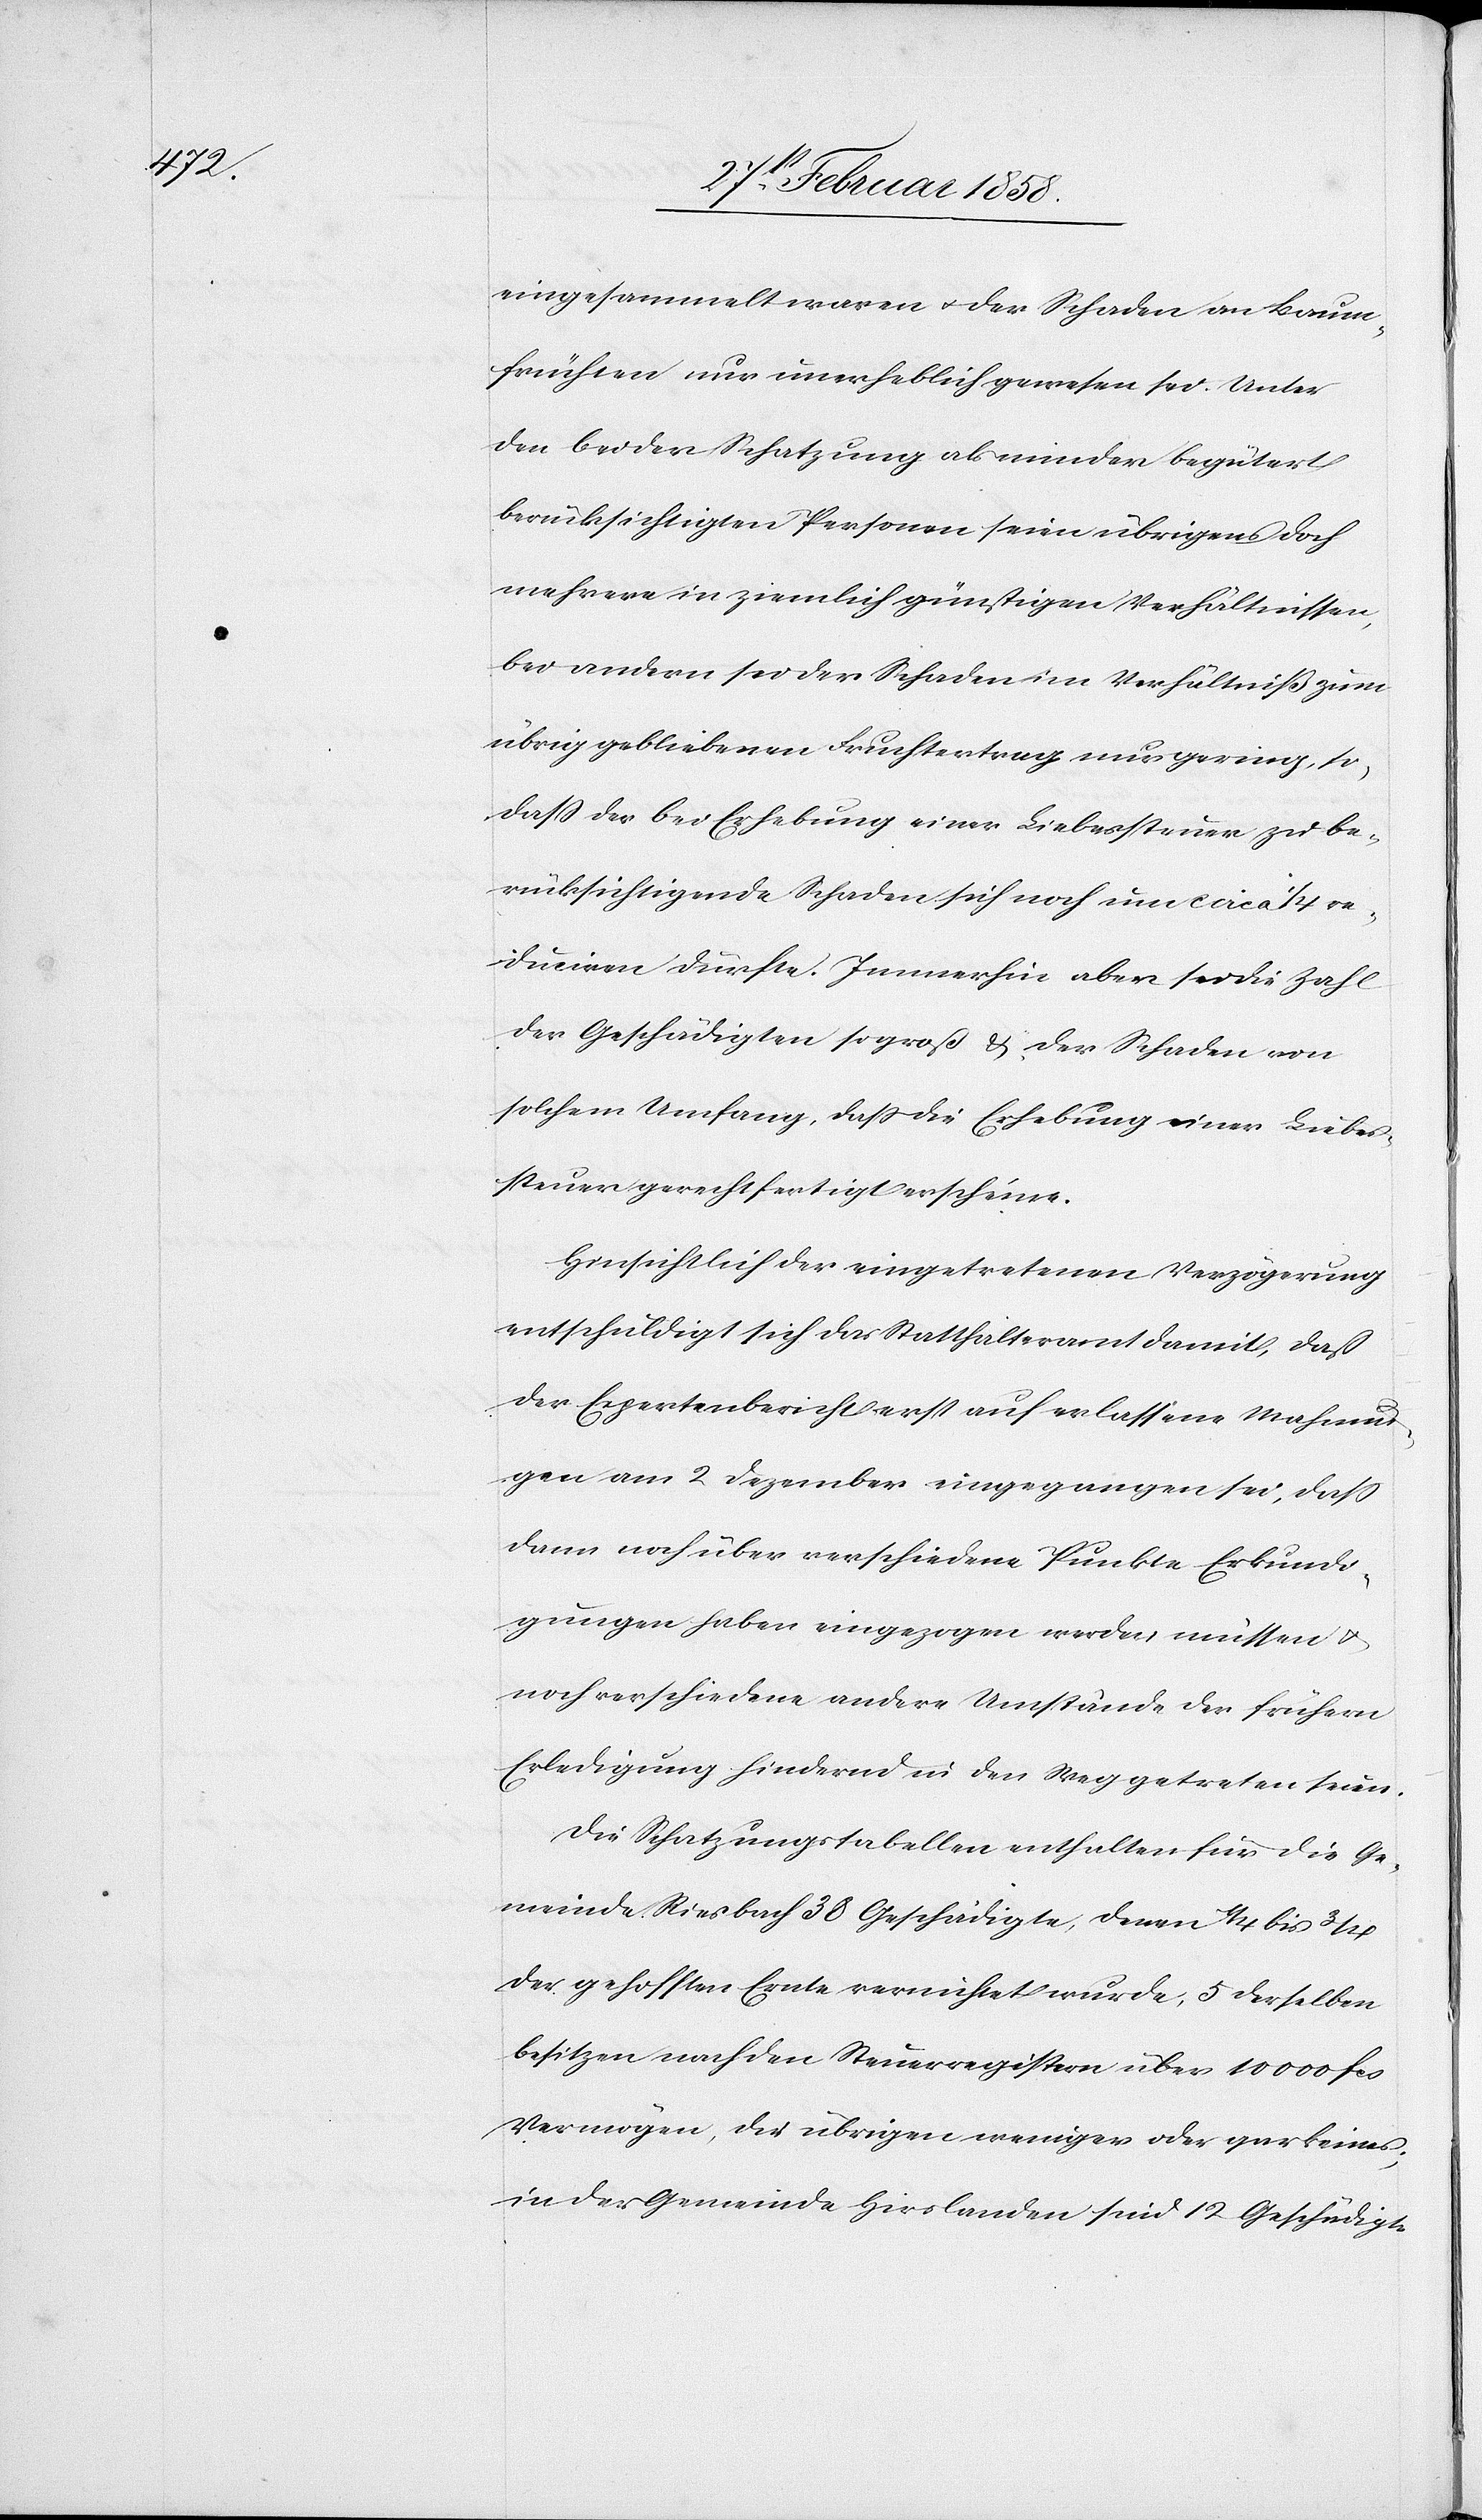
eingesammelt waren u. der Schaden an Baum¬
früchten nur unerheblich gewesen sei. Unter
den bei der Schatzung als minder begütert
berücksichtigten Personen seien übrigens doch
mehrere in ziemlich günstigen Verhältnissen,
bei andern sei der Schaden im Verhältniß zum
übrig gebliebenen Fruchtertrag nur gering, so
daß der bei Erhebung einer Liebessteuer zu be¬
rücksichtigende Schaden sich noch um circa 1/4 re¬
duciren dürfte. Immerhin aber sei die Zahl
der Geschädigten so groß & der Schaden von
solchem Umfang, das die Erhebung einer Liebes¬
steuer gerechtfertigt erscheine.
Hinsichtlich der eingetretenen Verzögerung
entschuldigt sich das Statthalteramt damit, daß
der Expertenbericht erst auf erlassene Mahnun¬
gen am 2 Dezember eingegangen sei, daß
dann noch über verschiedene Punkte Erkundi¬
gungen haben eingezogen werden müssen u.
noch verschiedene andere Umstände der frühern
Erledigung hindernd in den Weg getreten seien.
Die Schatzungstabellen enthalten für die Ge¬
meinde Riesbach 30 Geschädigte, deren 1/4 bis 3/4
der gehofften Ernte vernichtet wurde, 5 derselben
besitzen nach den Steuerregistern über 10 000 fcs.
Vermögen, die übrigen weniger oder gar keines;
in der Gemeinde Hirslanden sind 12 Geschädigte